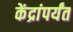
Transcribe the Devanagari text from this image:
केंद्रांपर्यंत